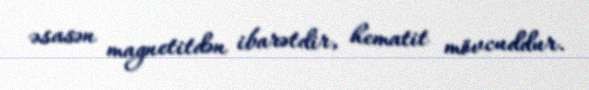
əsasən magnetitdən ibarətdir, hematit mövcuddur.